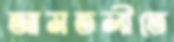
আমতলীতে